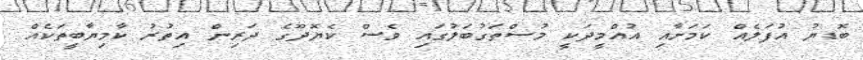
ބޮޑޔު އުފަލެއް ކަމަށާއި އުއްމީދަކީ މުސްތަގުބަލުގައި ވެސް ކެޔޮދޫގެ ދަރިން އިތުރު ކާމިޔާބީތަކެއް